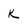
Character: K